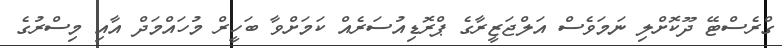
ގްރެސްޓޭ ދޫކޮށްލި ނަމަވެސް އަލްޖަޒީރާގެ ޕްރޮޑިއުސަރެއް ކަމަށްވާ ބަހީރް މުހައްމަދް އާއި މިސްރުގެ